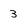
Character: 3